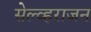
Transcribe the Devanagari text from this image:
सेल्व्हराजन